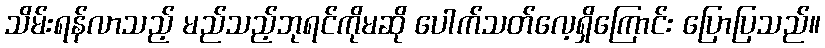
သိမ်းရန်လာသည့် မည်သည့်ဘုရင်ကိုမဆို ပေါက်သတ်လေ့ရှိကြောင်း ပြောပြသည်။